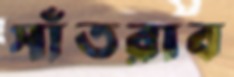
সাঁতরাব